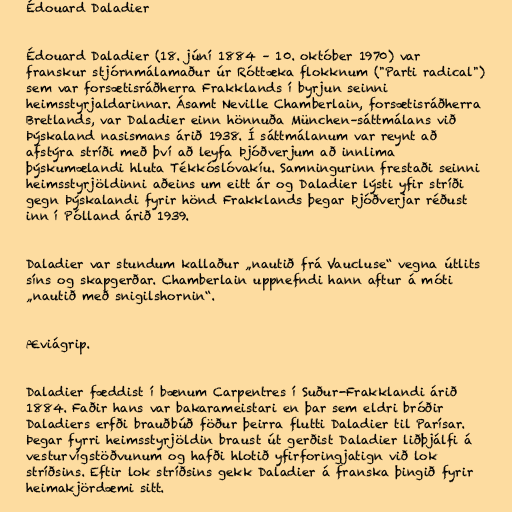
Édouard Daladier

Édouard Daladier (18. júní 1884 – 10. október 1970) var
franskur stjórnmálamaður úr Róttæka flokknum ("Parti radical")
sem var forsætisráðherra Frakklands í byrjun seinni
heimsstyrjaldarinnar. Ásamt Neville Chamberlain, forsætisráðherra
Bretlands, var Daladier einn hönnuða München–sáttmálans við
Þýskaland nasismans árið 1938. Í sáttmálanum var reynt að
afstýra stríði með því að leyfa Þjóðverjum að innlima
þýskumælandi hluta Tékkóslóvakíu. Samningurinn frestaði seinni
heimsstyrjöldinni aðeins um eitt ár og Daladier lýsti yfir stríði
gegn Þýskalandi fyrir hönd Frakklands þegar Þjóðverjar réðust
inn í Pólland árið 1939.

Daladier var stundum kallaður „nautið frá Vaucluse“ vegna útlits
síns og skapgerðar. Chamberlain uppnefndi hann aftur á móti
„nautið með snigilshornin“.

Æviágrip.

Daladier fæddist í bænum Carpentres í Suður-Frakklandi árið
1884. Faðir hans var bakarameistari en þar sem eldri bróðir
Daladiers erfði brauðbúð föður þeirra flutti Daladier til Parísar.
Þegar fyrri heimsstyrjöldin braust út gerðist Daladier liðþjálfi á
vesturvígstöðvunum og hafði hlotið yfirforingjatign við lok
stríðsins. Eftir lok stríðsins gekk Daladier á franska þingið fyrir
heimakjördæmi sitt.